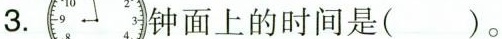
3. 钟面上的时间是( )。